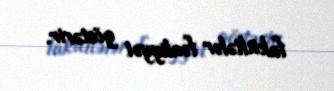
fakültələr fəaliyyət göstərir.